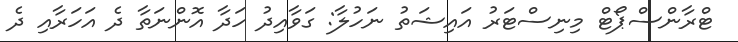
ޓްރާންސްޕޯޓް މިނިސްޓަރު އައިޝަތު ނަހުލާ: ގަވާއިދު ހަދާ އޮންނަތާ ދެ އަހަރާއި ދެ